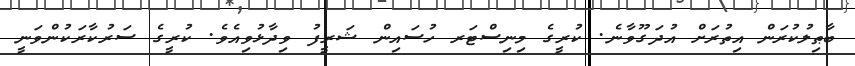
ބާޠިލުކުރަން އިތުރަށް އުދަގޫވާނެ. ކުރީގެ މިނިސްޓަރ ހުސައިން ޝަރީފު ވިދާޅުވިއެވެ. ކުރީގެ ސަރުކާރަކުންވަނީ